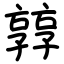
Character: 㝇